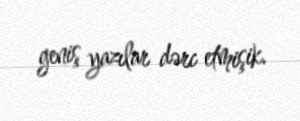
geniş yazılar dərc etmişik.